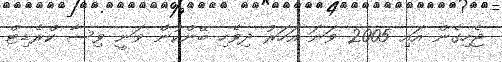
ޖެހިގެން އައި 2005 ވަނަ އަހަރު ދިވެހި ބޭންކުން ވަނީ ވިސާ ކްރެޑިޓް